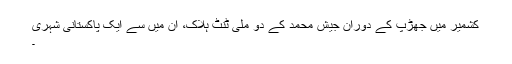
کشمیر میں جھڑپ کے دوران جیش محمد کے دو ملی ٹنٹ ہلاک، ان میں سے ایک پاکستانی شہری
۔